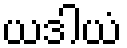
ယဒါယံ